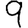
Digit: 9